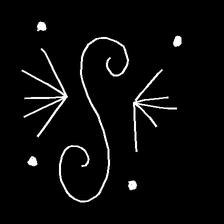
Glyph: aeroform